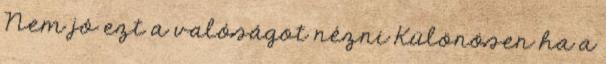
Nem jó ezt a valóságot nézni Különösen ha a